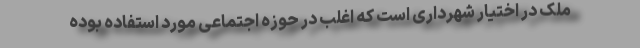
ملک در اختیار شهرداری است که اغلب در حوزه اجتماعی مورد استفاده بوده